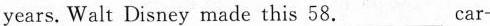
years. Walt Disney made this 58.___Car-